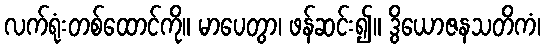
လက်ရုံးတစ်ထောင်ကို။ မာပေတွာ၊ ဖန်ဆင်း၍။ ဒွိယောဇနသတိကံ၊